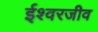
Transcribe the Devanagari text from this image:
ईश्वरजीव